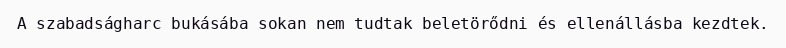
A szabadságharc bukásába sokan nem tudtak beletörődni és ellenállásba kezdtek.